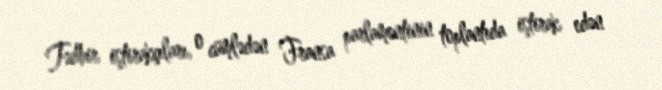
Tədbir iştirakçıları, o cümlədən Fransa parlamentinin toplantıda iştirak edən